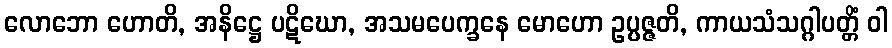
လောဘော ဟောတိ, အနိဋ္ဌေ ပဋိဃော, အသမပေက္ခနေ မောဟော ဥပ္ပဇ္ဇတိ, ကာယသံသဂ္ဂါပတ္တိံ ဝါ